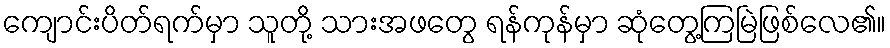
ကျောင်းပိတ်ရက်မှာ သူတို့ သားအဖတွေ ရန်ကုန်မှာ ဆုံတွေ့ကြမြဲဖြစ်လေ၏။